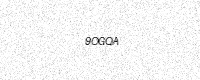
Text: 9OGQA